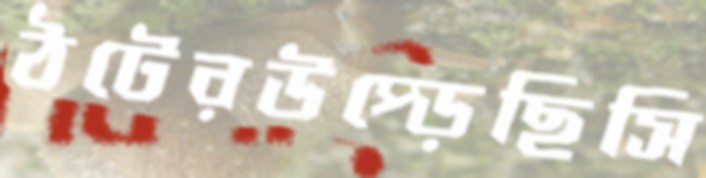
ঠটেরউপ্‌ড়েছিসি